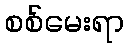
စစ်မေးရာ